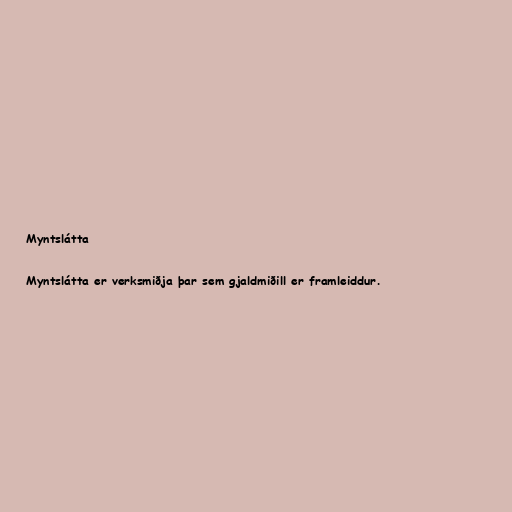
Myntslátta

Myntslátta er verksmiðja þar sem gjaldmiðill er framleiddur.